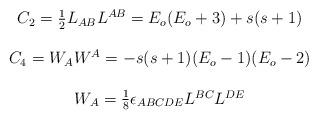
LaTeX: \begin{align*}\begin{array}{c}C_2=\frac 12L_{AB}L^{AB}=E_o(E_o+3)+s(s+1) \\\\C_4=W_AW^A=-s(s+1)(E_o-1)(E_o-2) \\\\W_A=\frac 18\epsilon _{ABCDE}L^{BC}L^{DE}\end{array}\end{align*}